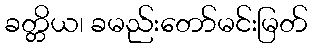
ခတ္တိယ၊ ခမည်းတော်မင်းမြတ်